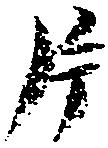
片